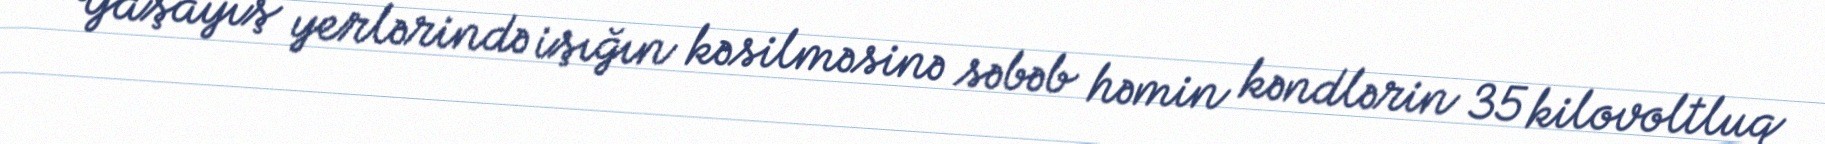
Yaşayış yerlərində işığın kəsilməsinə səbəb həmin kəndlərin 35 kilovoltluq